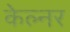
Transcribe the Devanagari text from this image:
केल्नर